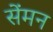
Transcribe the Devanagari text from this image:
सेंमन